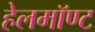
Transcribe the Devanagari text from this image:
हेलमॉण्ट